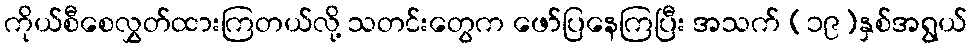
ကိုယ်စီစေလွှတ်ထားကြတယ်လို့ သတင်းတွေက ဖော်ပြနေကြပြီး အသက် (၁၉)နှစ်အရွယ်